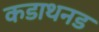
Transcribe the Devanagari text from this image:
कडाथनड